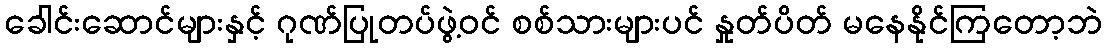
ခေါင်းဆောင်များနှင့် ဂုဏ်ပြုတပ်ဖွဲ့ဝင် စစ်သားများပင် နှုတ်ပိတ် မနေနိုင်ကြတော့ဘဲ